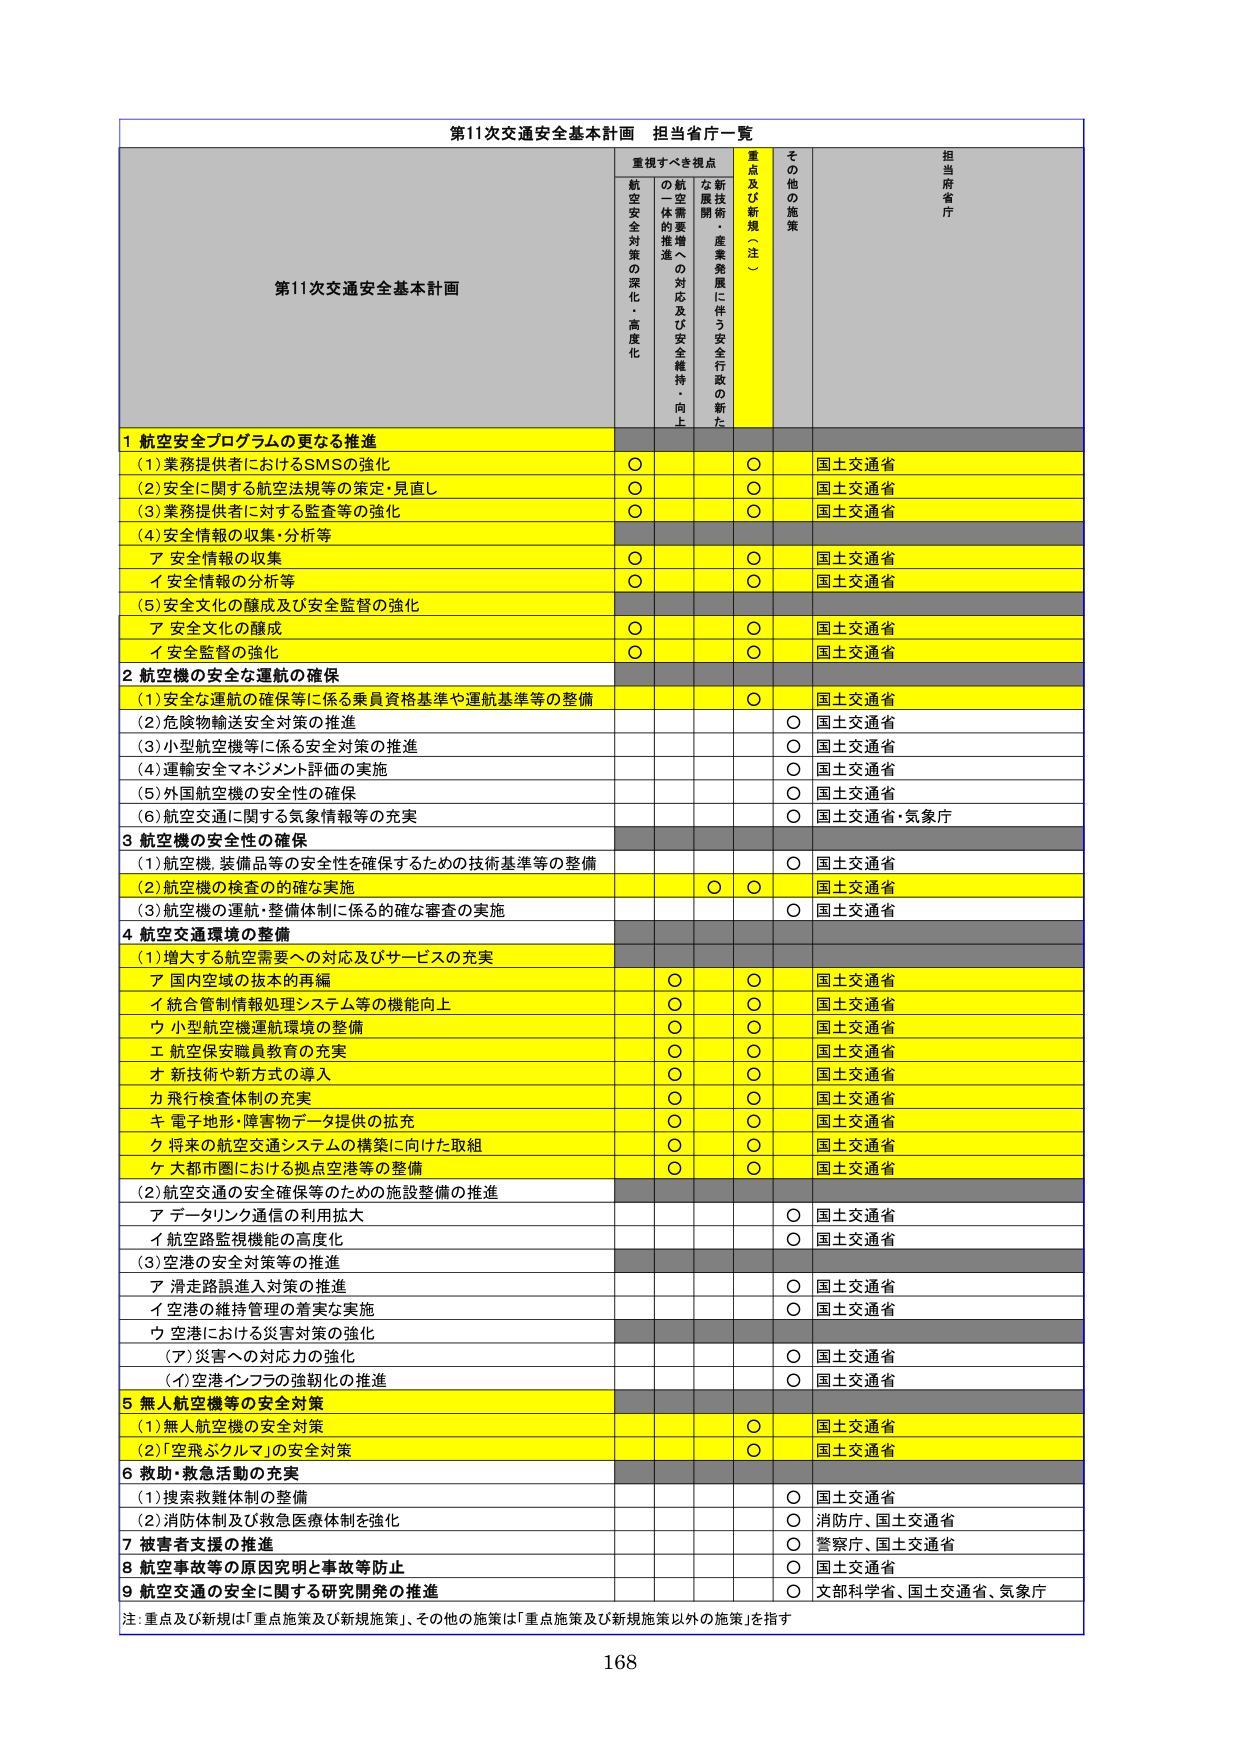
第11次交通安全基本計画 担当省庁一覧

第11次交通安全基本計画

重視すべき視点
航空安全対策の深化・高度化
航空需要増加への対応及び安全維持・向上
新技術・産業発展に伴う安全行政の新たな展開
重点及び新規（注）
その他の施策
担当府省庁

1 航空安全プログラムの更なる推進
(1)業務提供者におけるSMSの強化
○
○
国土交通省
(2)安全に関する航空法規等の策定・見直し
○
○
国土交通省
(3)業務提供者に対する監査等の強化
○
○
国土交通省
(4)安全情報の収集・分析等
ア 安全情報の収集
○
○
国土交通省
イ 安全情報の分析等
○
○
国土交通省
(5)安全文化の醸成及び安全監督の強化
ア 安全文化の醸成
○
○
国土交通省
イ 安全監督の強化
○
○
国土交通省

2 航空機の安全な運航の確保
(1)安全な運航の確保等に係る乗員資格基準や運航基準等の整備
○
国土交通省
(2)危険物輸送安全対策の推進
○
国土交通省
(3)小型航空機等に係る安全対策の推進
○
国土交通省
(4)運航安全マネジメント評価の実施
○
国土交通省
(5)外国航空機の安全性の確保
○
国土交通省
(6)航空交通に関する気象情報等の充実
○
国土交通省・気象庁

3 航空機の安全性の確保
(1)航空機、装備品等の安全性を確保するための技術基準等の整備
○
国土交通省
(2)航空機の検査の的確な実施
○
○
国土交通省
(3)航空機の運航・整備体制に係る的確な審査の実施
○
国土交通省

4 航空交通環境の整備
(1)増大する航空需要への対応及びサービスの充実
ア 国内空域の抜本的再編
○
○
国土交通省
イ 統合管制情報処理システム等の機能向上
○
○
国土交通省
ウ 小型航空機運航環境の整備
○
○
国土交通省
エ 航空保安職員教育の充実
○
○
国土交通省
オ 新技術や新方式の導入
○
○
国土交通省
カ 飛行検査体制の充実
○
○
国土交通省
キ 電子地形・障害物データ提供の拡充
○
○
国土交通省
ク 将来の航空交通システムの構築に向けた取組
○
○
国土交通省
ケ 大都市圏における拠点空港等の整備
○
○
国土交通省
(2)航空交通の安全確保等のための施設整備の推進
ア データリンク通信の利用拡大
○
国土交通省
イ 航空路監視機能の高度化
○
国土交通省
(3)空港の安全対策等の推進
ア 滑走路誤進入対策の推進
○
国土交通省
イ 空港の維持管理の着実な実施
○
国土交通省
ウ 空港における災害対策の強化
(ア)災害への対応力の強化
○
国土交通省
(イ)空港インフラの強靭化の推進
○
国土交通省

5 無人航空機等の安全対策
(1)無人航空機の安全対策
○
国土交通省
(2)「空飛ぶクルマ」の安全対策
○
国土交通省

6 救助・救急活動の充実
(1)捜索救難体制の整備
○
国土交通省
(2)消防体制及び救急医療体制を強化
○
消防庁、国土交通省

7 被害者支援の推進
○
警察庁、国土交通省

8 航空事故等の原因究明と事故等防止
○
国土交通省

9 航空交通の安全に関する研究開発の推進
○
文部科学省、国土交通省、気象庁

注：重点及び新規は「重点施策及び新規施策」、その他の施策は「重点施策及び新規施策以外の施策」を指す

168